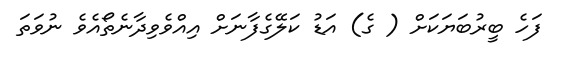
ފަހެ ބީރުބަޔަކަށް ( ގެ) އަޑު ކަލޭގެފާނަށް އިއްވެވިދާނެތޯއެވެ ނުވަތަ